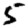
Digit: 5